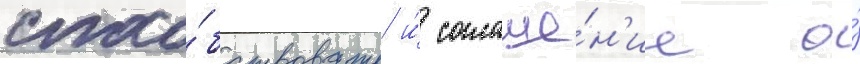
спосо́бствовать и́ соглаше́н'ие о́